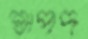
শ্বাপদ